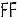
FF